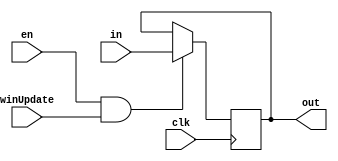
module WindowReg(input clk, winUpdate, en, input [1:0] in,output reg [1:0] out);
  initial out = 0;
  always @(negedge clk) begin
    if(en & winUpdate) out = in;
    else out = out;
  end
endmodule